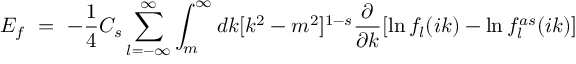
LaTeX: { \cal E } _ { f } \ = \ - \frac 1 4 C _ { s } \sum _ { l = - \infty } ^ { \infty } \int _ { m } ^ { \infty } d k [ k ^ { 2 } - m ^ { 2 } ] ^ { 1 - s } \frac { \partial } { \partial k } [ \ln f _ { l } ( i k ) - \ln f _ { l } ^ { a s } ( i k ) ]